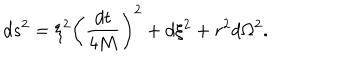
d s ^ { 2 } = \xi ^ { 2 } \left( { \frac { d t } { 4 M } } \right) ^ { 2 } + d \xi ^ { 2 } + r ^ { 2 } d \Omega ^ { 2 } .